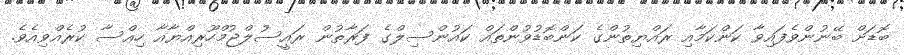
ބޮޑަށް ބޭނުންވެފައިވާ ކަންކަމާއި ރައްޔިތުންގެ ކަންބޮޑުވުންތައް ކައުންސިލްގެ ފަރާތުން ރައީސުލްޖުމްހޫރިއްޔާއާ ހިއްސާ ކުރެއްވިއެވެ.